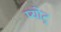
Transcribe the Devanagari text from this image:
प्योट्र